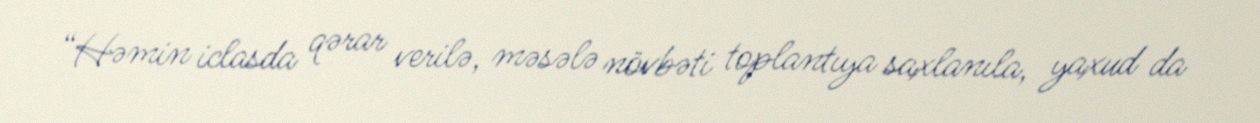
“Həmin iclasda qərar verilə, məsələ növbəti toplantıya saxlanıla, yaxud da